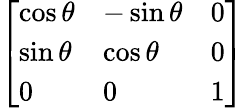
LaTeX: \left[\begin{array}{lll}{\cos\theta}&{-\sin\theta}&{0}\\ {\sin\theta}&{\cos\theta}&{0}\\ {0}&{0}&{1}\end{array}\right]